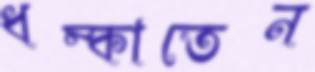
ধম্‌কাতেন